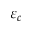
\varepsilon _ { c }